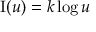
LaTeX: \operatorname { I } ( u ) = k \log u